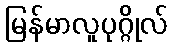
မြန်မာလူပုဂ္ဂိုလ်